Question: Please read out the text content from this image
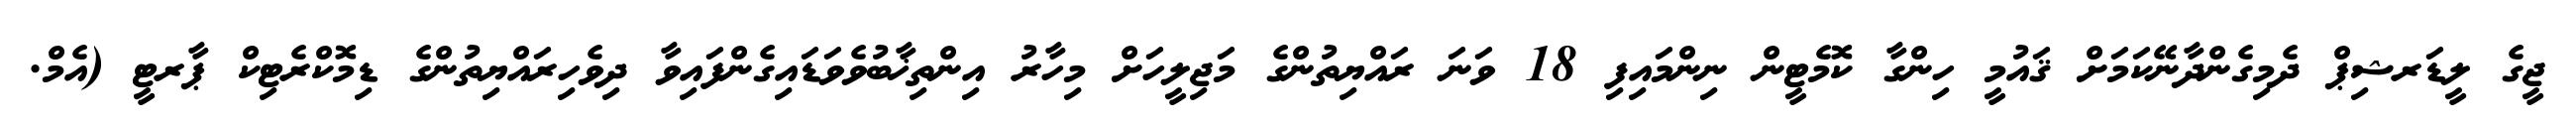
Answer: ޖީގެ ލީޑަރޝިޕް ދެމިގެންދާނޭކަމަށް ޤައުމީ ހިންގާ ކޮމެޓީން ނިންމައިފި 18 ވަނަ ރައްޔިތުންގެ މަޖިލީހަށް މިހާރު އިންތިޚާބުވެވަޑައިގެންފައިވާ ދިވެހިރައްޔިތުންގެ ޑިމޮކްރެޓިކް ޕާރޓީ (އެމް.